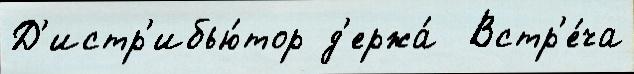
Д'истр'ибью́тор д'ержа́  Встр'е́ча